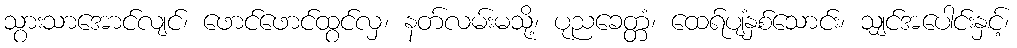
သွားသာအောင်လျင်၊ ဖောင်ဖောင်ထွင်လှ၊ နတ်လမ်းမသို့၊ ပုညခေတ္တံ၊ ထေရ်ပျံနှစ်သောင်း၊ သျှင်အပေါင်းနှင့်၊